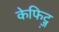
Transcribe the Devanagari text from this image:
केफिट्ज़